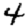
Digit: 4